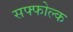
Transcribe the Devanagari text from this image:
सफ्फोल्क